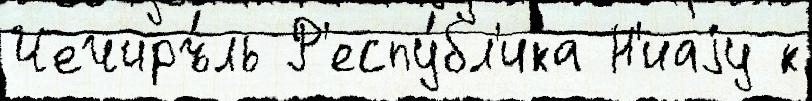
Чечиръ́ль Р'еспу́бл'ика Н'иаjу к